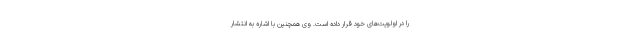
را در اولویت‌های خود قرار داده است. وی همچنین با اشاره به انتشار